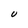
Character: U